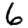
Digit: 6